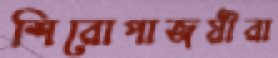
শিরোপাজয়ীরা